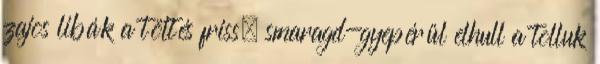
zajos libák a töltés friss, smaragd-gyepérül elhull a tolluk